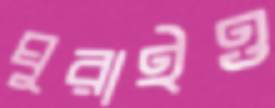
ঘুরাইও